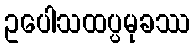
ဥပေါသထပ္ပမုခဿ